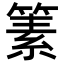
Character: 𥱨